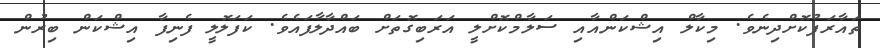
ތައާރަފުކޮށްދިނެވެ. މިކާލް އިޝްކަންއާއި ސަލާމްކޮށްލީ އަރަބިގޮތަށް ބައްދާލާފައެވެ. ކަފަލޮލީ ފެނިފާ އިޝްކަން ބިރުން